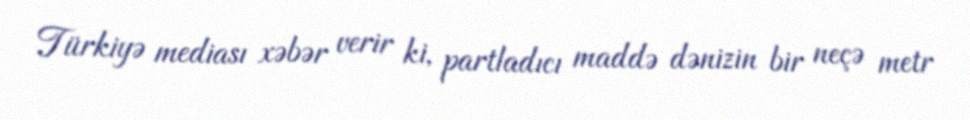
Türkiyə mediası xəbər verir ki, partladıcı maddə dənizin bir neçə metr